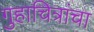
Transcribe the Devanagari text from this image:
गुहाचित्रांचा